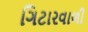
ગિટારવાળી